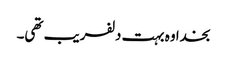
بخدا وہ بہت دلفریب تھی۔